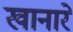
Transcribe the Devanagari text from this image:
खानारे